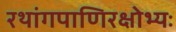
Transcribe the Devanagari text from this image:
रथांगपाणिरक्षोभ्यः